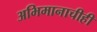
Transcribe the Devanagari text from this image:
अभिमानाचीही